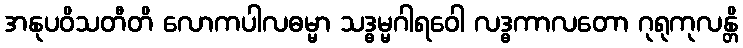
အနုပဝိသတီတိ လောကပါလဓမ္မာ သဒ္ဓမ္မဂါရဝေါ လဒ္ဓကာလတော ဂုရုကုလန္တိ